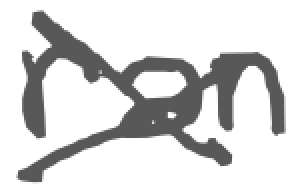
Text: ran
Cross-out: mix
Writing tool: digital_gray